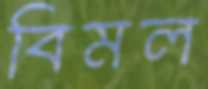
বিমল